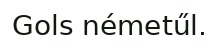
Gols németűl.